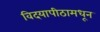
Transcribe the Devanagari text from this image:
विदयापीठामधून